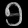
Digit: ၅